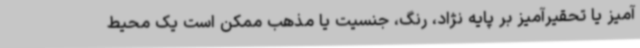
آمیز یا تحقیرآمیز بر پایه نژاد، رنگ، جنسیت یا مذهب ممکن است یک محیط